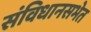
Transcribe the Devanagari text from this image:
संविधानसभेत